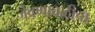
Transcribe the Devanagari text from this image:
जेवणावळीचा